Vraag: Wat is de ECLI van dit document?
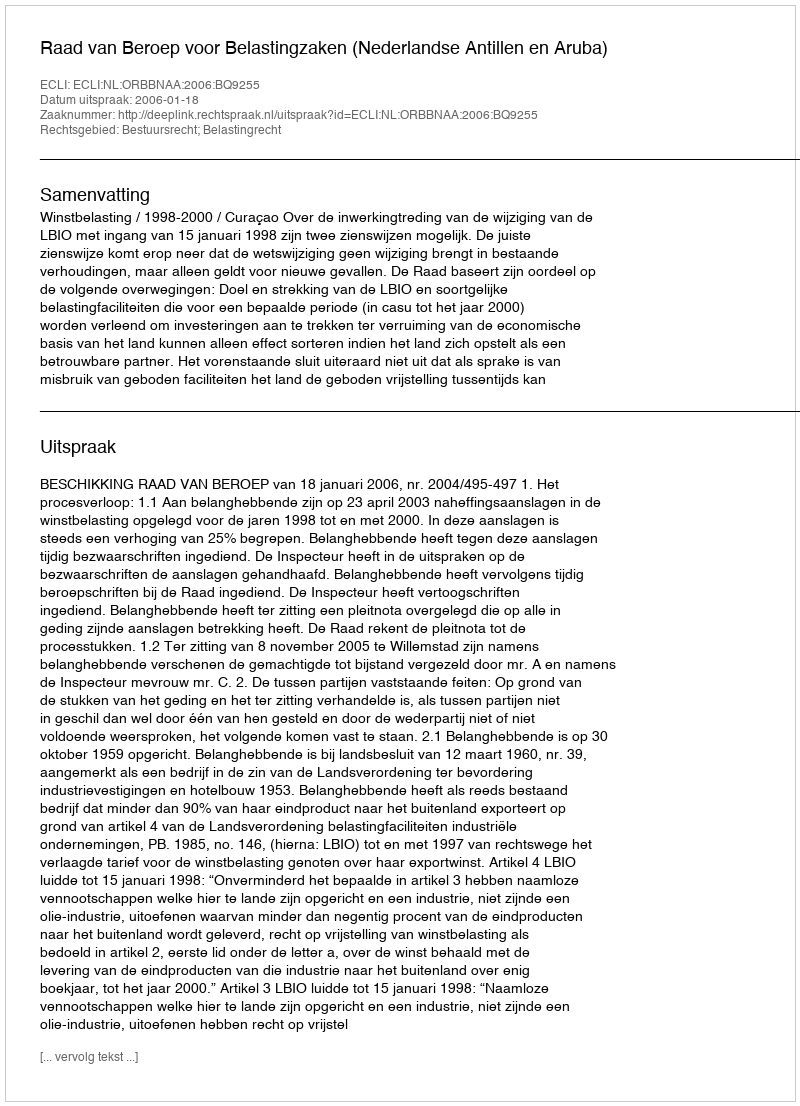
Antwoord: ECLI:NL:ORBBNAA:2006:BQ9255